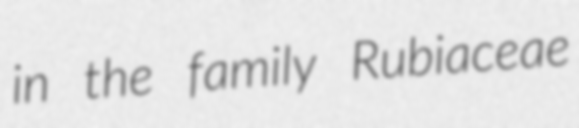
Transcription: in the family Rubiaceae